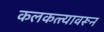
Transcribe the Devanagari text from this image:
कलकत्त्यावरून